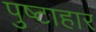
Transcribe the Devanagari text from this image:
पुष्टाहार